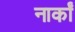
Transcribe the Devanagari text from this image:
नार्कां